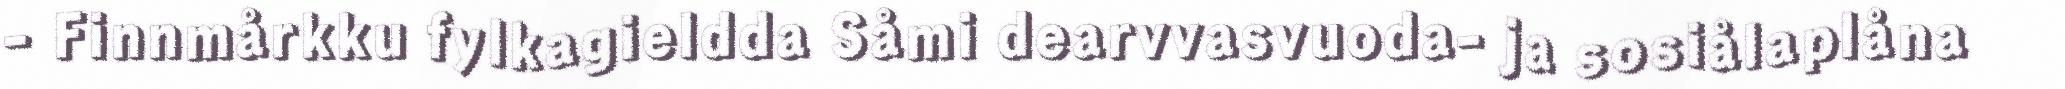
- Finnmårkku fylkagieldda Såmi dearvvasvuoda- ja sosiålaplåna